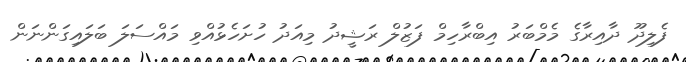
ފެލިދޫ ދާއިރާގެ މެމްބަރު އިބްރާހިމް ފަޒުލް ރަޝީދު މިއަދު ހުށަހެޅުއްވި މައްސަލަ ބަލައިގަންނަން